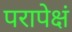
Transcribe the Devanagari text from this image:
परापेक्षं